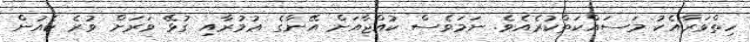
ހިތްވަރާއެކު މަސައްކަތްކުރެއެވެ. ނަމަވެސް ކުއްޖާއަށް އޭނާގެ ޢުމުރާއި ގުޅޭ ވަރަށް ވުރެ ކެއުން